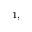
^ { 1 , }